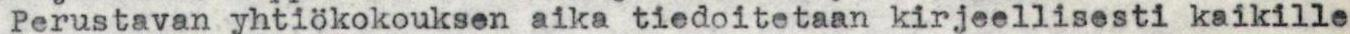
Perustavan yhtiökokouksen aika tiedoitetaan kirjeellisesti kaikille